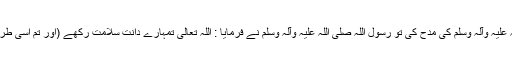
پس جب میں نے آپ صلی اللہ علیہ وآلہ وسلم کی مدح کی تو رسول اللہ صلی اللہ علیہ وآلہ وسلم نے فرمایا : اللہ تعالیٰ تمہارے دانت سلامت رکھے (اور تم اسی طرح کا عمدہ کلام پڑھتے رہو)۔